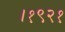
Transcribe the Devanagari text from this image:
।१९२१